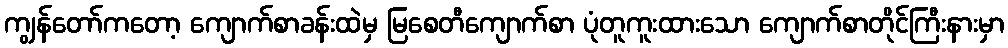
ကျွန်တော်ကတော့ ကျောက်စာခန်းထဲမှ မြစေတီကျောက်စာ ပုံတူကူးထားသော ကျောက်စာတိုင်ကြီးနားမှာ